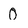
Character: 0